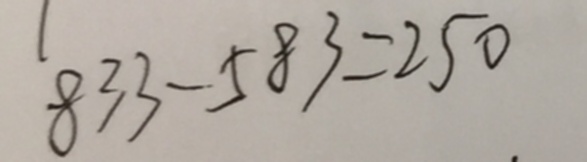
8 3 3 - 5 8 3 = 2 5 0